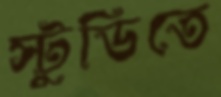
স্টুডিতে